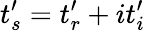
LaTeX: t_{s}^{\prime}=t_{r}^{\prime}+it_{i}^{\prime}